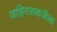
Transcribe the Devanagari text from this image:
जाहिरातबाजीला